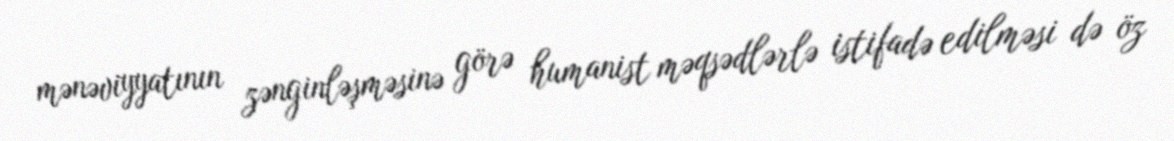
mənəviyyatının zənginləşməsinə görə humanist məqsədlərlə istifadə edilməsi də öz